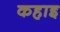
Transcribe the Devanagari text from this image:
कहाइ